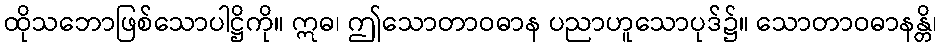
ထိုသဘောဖြစ်သောပါဋ္ဌိကို။ ဣဓ၊ ဤသောတာဝဓာန ပညာဟူသောပုဒ်၌။ သောတာဝဓာနန္တိ၊